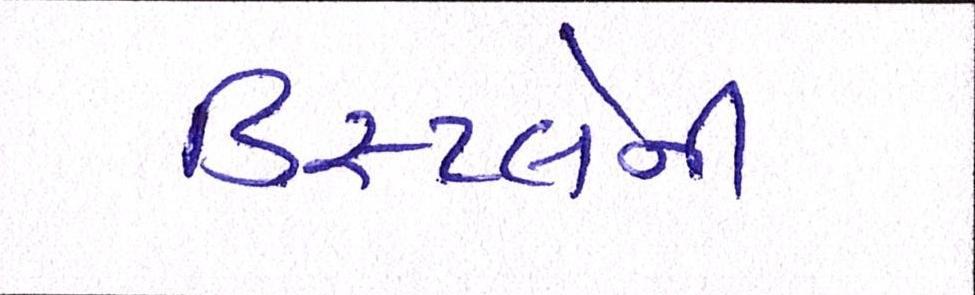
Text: ડિસ્પ્લેની